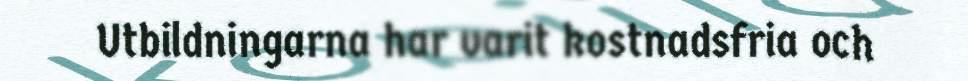
Utbildningarna har varit kostnadsfria och